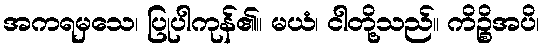
အကရမှသေ၊ ပြုပါကုန်၏။ မယံ၊ ငါတို့သည်။ ကိဉ္စိအပိ၊